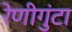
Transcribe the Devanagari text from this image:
रेणीगुंटा